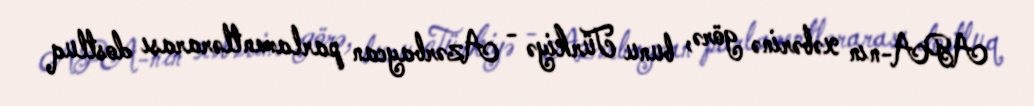
APA-nın xəbərinə görə, bunu Türkiyə - Azərbaycan parlamentlərarası dostluq